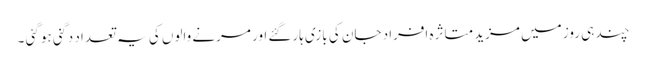
چند ہی روز میں مزید متاثرہ افراد جان کی بازی ہارگئے اور مرنے والوں کی یہ تعداد دگنی ہو گئی ۔